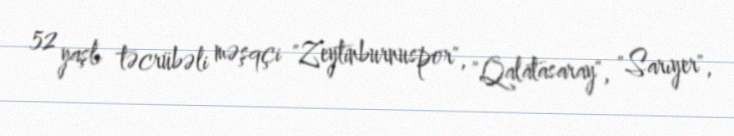
52 yaşlı təcrübəli məşqçi "Zeytinburnuspor", "Qalatasaray", "Sarıyer",